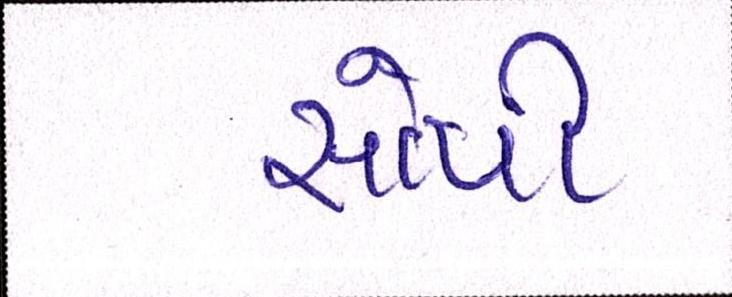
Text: સોપી